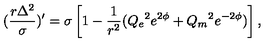
( \frac { r \Delta ^ { 2 } } { \sigma } ) ^ { \prime } = \sigma \left[ 1 - \frac { 1 } { r ^ { 2 } } ( { Q _ { e } } ^ { 2 } e ^ { 2 \phi } + { Q _ { m } } ^ { 2 } e ^ { - 2 \phi } ) \right] ,